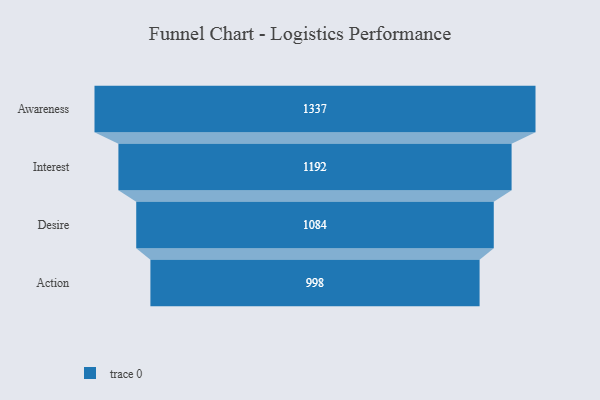
{"axis": {"x": "Stage", "y": "Value"}, "legend": [""], "data": [{"x": "Awareness", "y": 1337.0, "type": ""}, {"x": "Interest", "y": 1192.0, "type": ""}, {"x": "Desire", "y": 1084.0, "type": ""}, {"x": "Action", "y": 998.0, "type": ""}]}